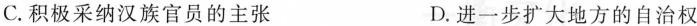
C.积极采纳汉族官员的主张 D.进一步扩大地方的自治权